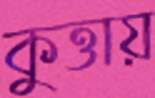
কুত্তায়